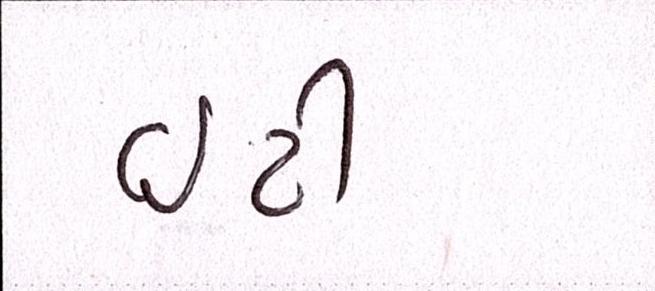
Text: ઇટી